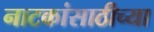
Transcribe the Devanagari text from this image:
नाटकांसाठीच्या